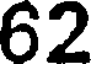
62